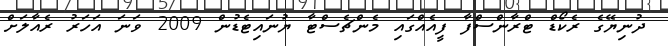
ދުނިޔޭގެ ރެކޯޑް ޓްރާންސްފާ ފީއެއްގައި މެންޗެސްޓާ ޔުނައިޓެޑުން 2009 ވަނަ އަހަރު ރެއާލަށް